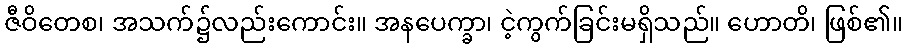
ဇီဝိတေစ၊ အသက်၌လည်းကောင်း။ အနပေက္ခာ၊ ငဲ့ကွက်ခြင်းမရှိသည်။ ဟောတိ၊ ဖြစ်၏။